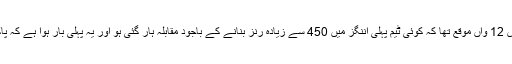
یہ ٹیسٹ کرکٹ کی تاریخ میں محض 12 واں موقع تھا کہ کوئی ٹیم پہلی اننگز میں 450 سے زیادہ رنز بنانے کے باجود مقابلہ ہار گئی ہو اور یہ پہلی بار ہوا ہے کہ پاکستان اس فہرست میں شامل ہوا ہے۔